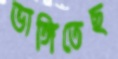
ভাঙ্গিতেছ